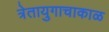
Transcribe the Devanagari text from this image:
त्रेतायुगाचाकाळ